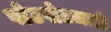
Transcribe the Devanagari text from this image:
पोटपोटजाती